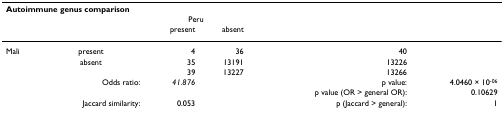
<table><thead><tr><td colspan="6"><b>Autoimmune genus comparison</b></td></tr><tr><td></td><td></td><td colspan="2"><b>Peru</b></td><td></td><td></td></tr><tr><td></td><td></td><td><b>present</b></td><td><b>absent</b></td><td></td><td></td></tr></thead><tbody><tr><td>Mali</td><td>present</td><td>4</td><td>36</td><td>40</td><td></td></tr><tr><td></td><td>absent</td><td>35</td><td>13191</td><td>13226</td><td></td></tr><tr><td></td><td></td><td>39</td><td>13227</td><td>13266</td><td></td></tr><tr><td></td><td>Odds ratio:</td><td><i>41.876</i></td><td></td><td>p value:</td><td>4.0460 × 10<sup>-06</sup></td></tr><tr><td></td><td></td><td></td><td></td><td>p value (OR &gt; general OR):</td><td>0.10629</td></tr><tr><td></td><td>Jaccard similarity:</td><td>0.053</td><td></td><td>p (Jaccard &gt; general):</td><td>1</td></tr></tbody></table>